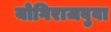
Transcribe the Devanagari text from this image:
योगिराजबुवा